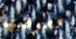
تعرضها